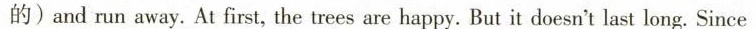
的)and run away. At first, the trees are happy. But it doesn't last long. Since